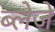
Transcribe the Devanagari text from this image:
ब्लेजे